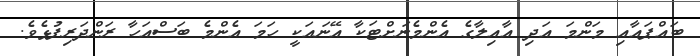
ބައްޕައާއި މަންމަ އަދި އާއިލާގެ އެންމެނަށްޓަކާ އޭނައަކީ ހަމަ އެންމެ ބަސްއަހާ ރަންދަރިފުޅެވެ.